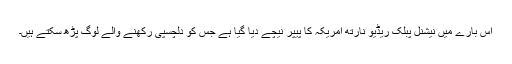
اس بارے میں‌ نیشنل پبلک ریڈیو نارتھ امریکہ کا پیپر نیچے دیا گیا ہے جس کو دلچسپی رکھنے والے لوگ پڑھ سکتے ہیں۔